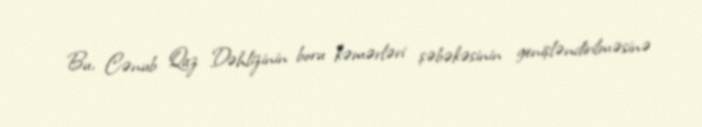
Bu, Cənub Qaz Dəhlizinin boru kəmərləri şəbəkəsinin genişləndirilməsinə